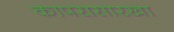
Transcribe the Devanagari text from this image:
कापरासारखा